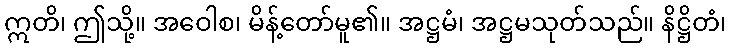
ဣတိ၊ ဤသို့။ အဝေါစ၊ မိန့်တော်မူ၏။ အဋ္ဌမံ၊ အဋ္ဌမသုတ်သည်။ နိဋ္ဌိတံ၊